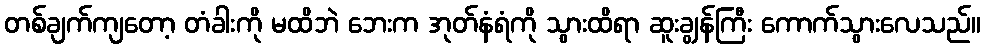
တစ်ချက်ကျတော့ တံခါးကို မထိဘဲ ဘေးက အုတ်နံရံကို သွားထိရာ ဆူးချွန်ကြီး ကောက်သွားလေသည်။